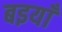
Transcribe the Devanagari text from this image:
बइयाँ